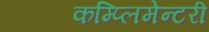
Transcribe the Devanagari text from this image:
कम्प्लिमेन्टरी